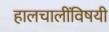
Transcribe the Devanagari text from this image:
हालचालींविषयी